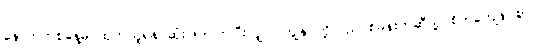
နောက်တစ်နေ့မှ ထုတ်ယူရန် ဆုံးဖြတ်ကြပြီးလျှင်၊ ကျွန်ုပ်တို့သည် စခန်းတဲဆီသို့ စိတ်ကျေနပ်စွာ